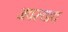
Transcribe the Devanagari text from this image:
अवस्थाच